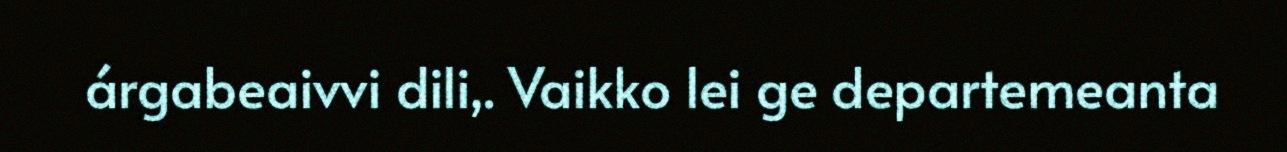
árgabeaivvi dili,. Vaikko lei ge departemeanta